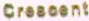
Crescent